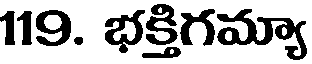
119. భక్తిగమ్యా